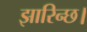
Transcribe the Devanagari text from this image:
झारिन्छ।